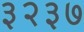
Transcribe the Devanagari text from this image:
३२३७